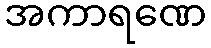
အကာရဏေ